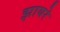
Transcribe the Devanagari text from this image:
झायरे